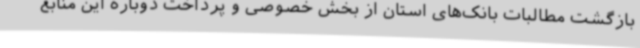
بازگشت مطالبات بانک‌های استان از بخش خصوصی و پرداخت دوباره این منابع